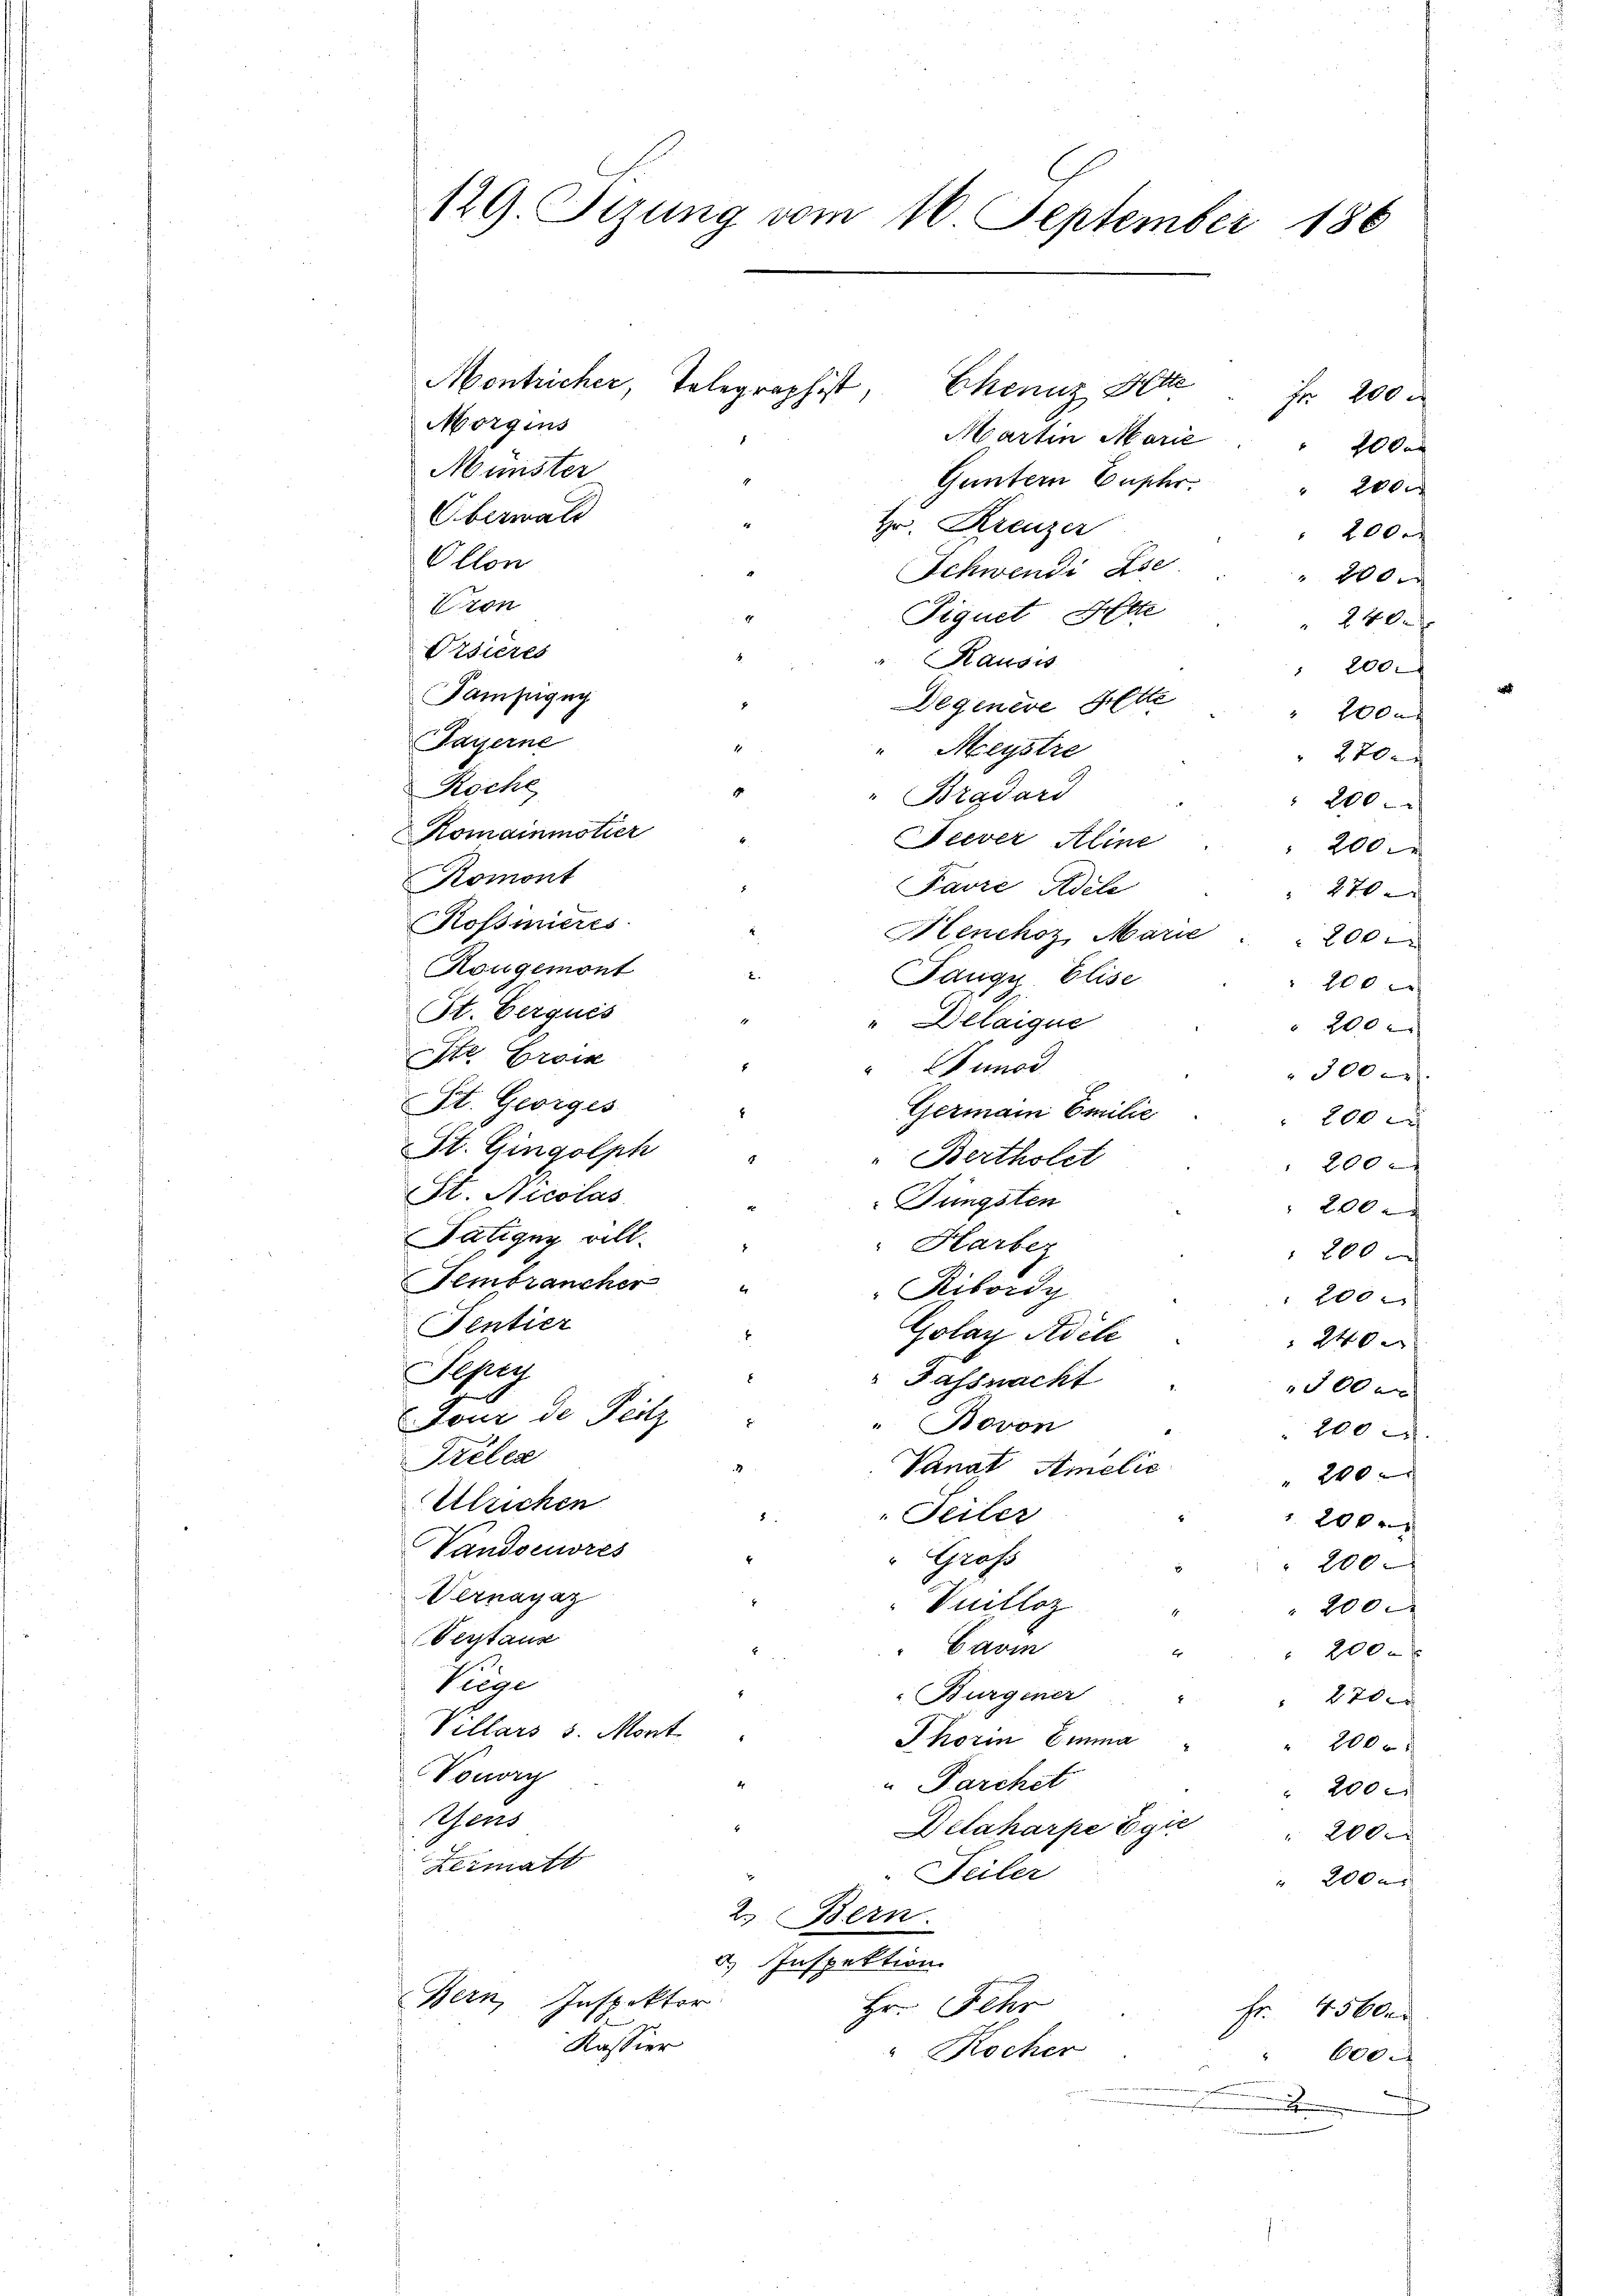
129. Sizung vom 16. September 186

Morgens
Martin Marie
2
Minister
Guntern Euphr
2
Überwalt
Hr. Kreuzer
 2000
Ollon
Schwendi Ese
 200
Vron
Fiquet Atte
 240.
Prsieres
Rausis
" 200
Tampigug
Degenere Bette
100
Payerne
Meystre
270x
Roche
Bradard
 200
Romainmotier
Seever Aline
200 x
Romont
Favre Adele
" 270
Rossinieres
Henchoz, Marie . . 200
Kougemont
Fangy, Elise
x
St. Gerquis
" Delaigue
 200
Str. Brock
Fumoi
300
St. Georges
Germann Emilie
20xx
St. Gingolph
"Bertholet
200
St. Nicolas
Jüngsten
200
Fatigny will.
"Harber
200
Fembrancher
"Ribordy
 200 r
Tentier
Golay Adile
 240 x
Sapry
 Fassnacht
500 x
sour de Feitz
Bovon
200 r
Frèlea
Vanat Amelić
" 240
Ulrichen
 Teiler
200
Vandoeuvres
" Gross
 200
Vernagaz
Vulloz
2000
Verstanz
Cavin
 200 x
Tiege
Burgener
270
Villars v. Mont
Thorin Emma
200xx
Vonor
Parchet
 200
Gens
Delaharpe Egić
 2000
Lermatt
"Feiler
 2000
2. Bern.
d) Inspektion
Bern, Inspektor
Hr. Fehr
Fr. 45 Uhr
Kassier
Kocher
600.
.

Montricher, Telegraphist, Ekennz Bette Fr. 200